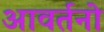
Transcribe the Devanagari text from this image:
आवर्तनो